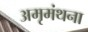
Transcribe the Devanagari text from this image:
अमृमंथना